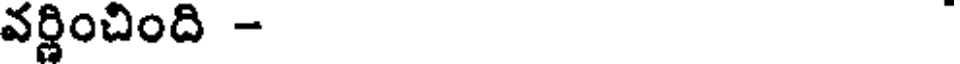
వర్ణించింది -